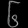
Digit: ၆